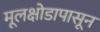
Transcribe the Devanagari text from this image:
मूलक्षोडापासून